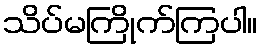
သိပ်မကြိုက်ကြပါ။